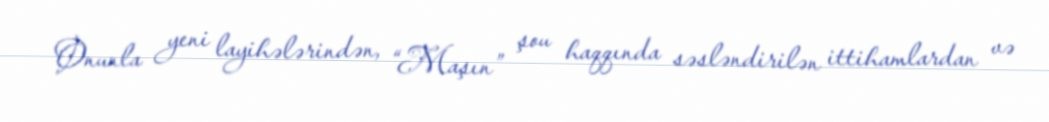
Onunla yeni layihələrindən, “Maşın” şou haqqında səsləndirilən ittihamlardan və